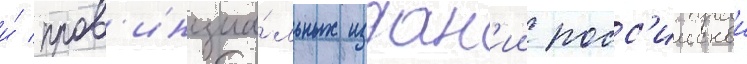
и́ пров'инциа́льных издан'ии росс'иискои